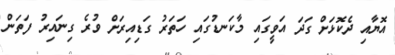
އޮޔާއި ދެކޮޅަށް ގަދަ އަވީގައި މާކަނޑުގައި ހަތަރު ގަޑިއިރަށް ވުރެ ގިނައިރު ފަތަން